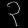
Digit: ၃